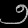
Digit: ၅